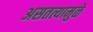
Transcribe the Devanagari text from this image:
असतत्यामुळे